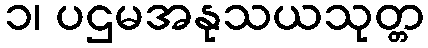
၁၊ ပဌမအနုသယသုတ္တ